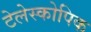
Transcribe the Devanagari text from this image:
टेलेस्कोपिक